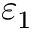
\varepsilon _ { 1 }